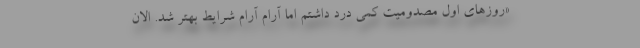
«روزهای اول مصدومیت کمی درد داشتم اما آرام آرام شرایط بهتر شد. الان